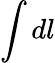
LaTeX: \int dl